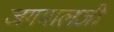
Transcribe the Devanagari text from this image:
जगमालजी